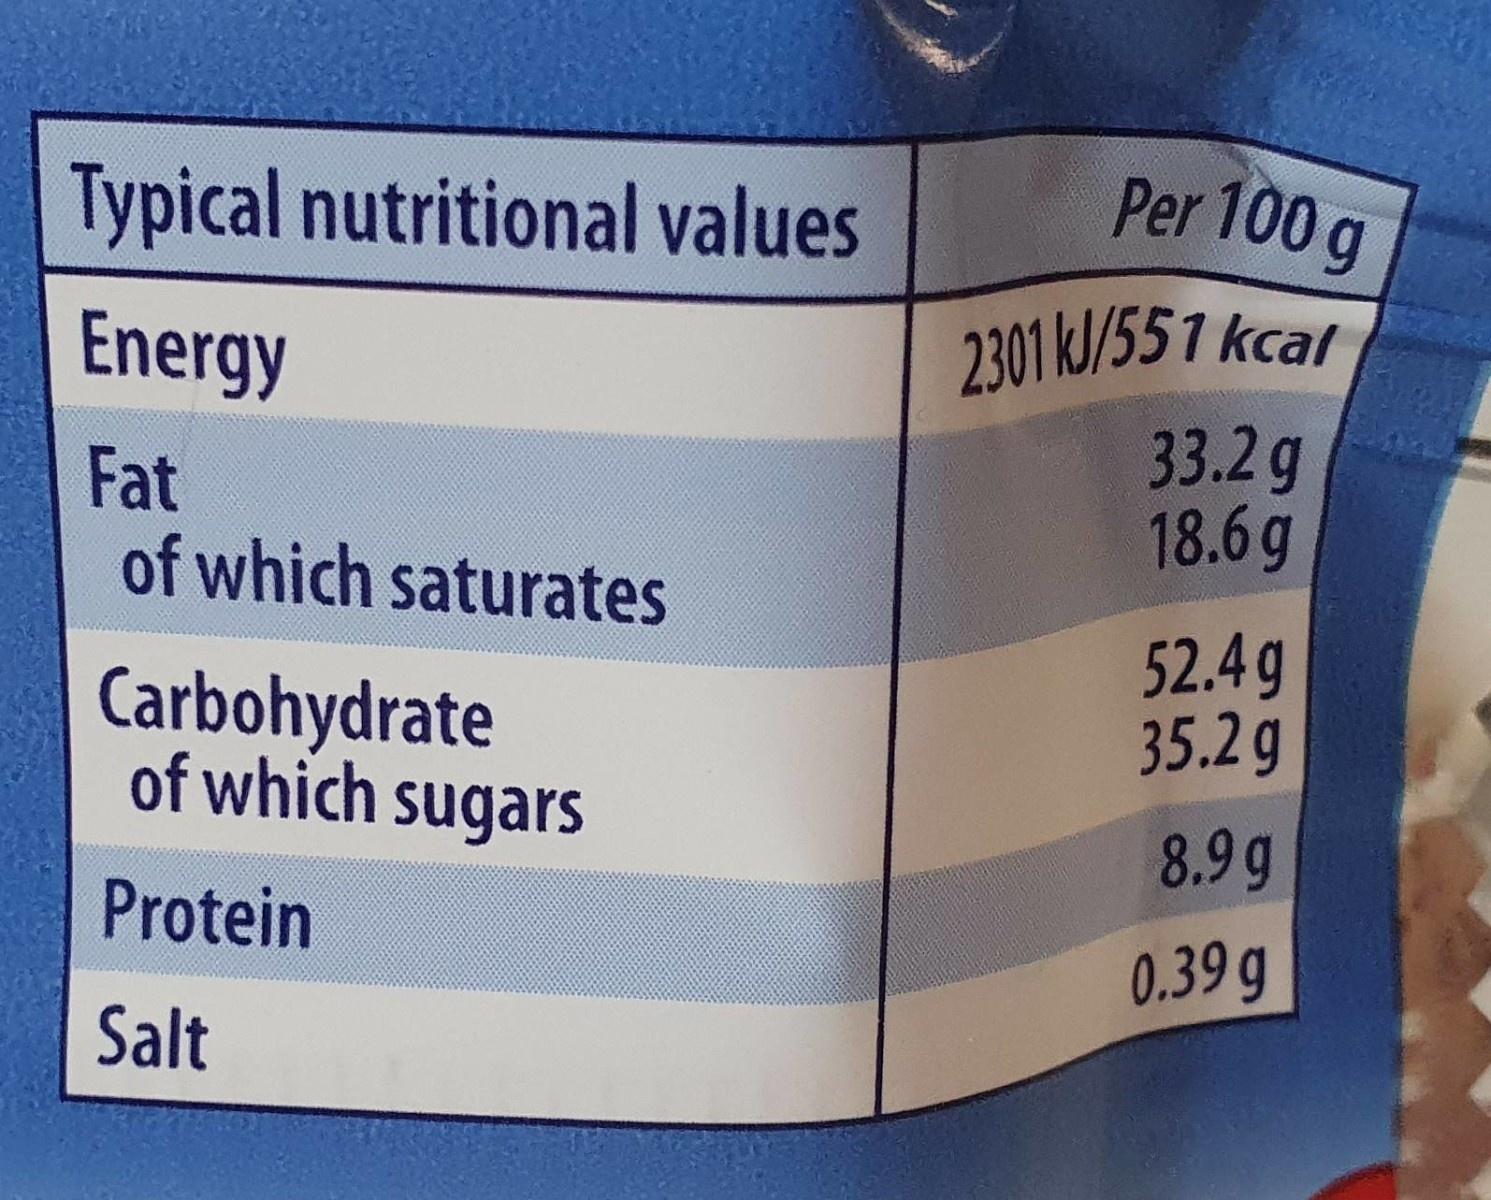
Typical nutritional values
Per 100 g
2301kJ/551 kcal 33.2g 18.6g
Energy
Fat of which saturates
Carbohydrate of which sugars
52.4g 35.2g
8.9 g
Protein
0.39 g
Salt